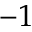
- 1